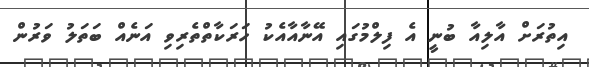
އިތުރަށް އާލިއާ ބުނީ އެ ފިލްމުގައި އޭނާއާއެކު ހަރަކާތްތެރިވި އަނެއް ބަތަލު ވަރުން